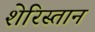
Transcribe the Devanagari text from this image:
शेरिस्तान